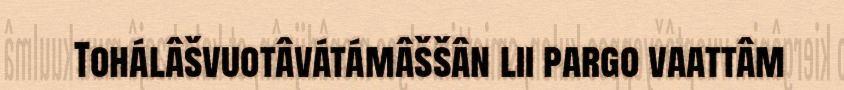
Tohálâšvuotâvátámâššân lii pargo vaattâm